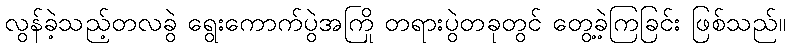
လွန်ခဲ့သည့်တလခွဲ ရွေးကောက်ပွဲအကြို တရားပွဲတခုတွင် တွေ့ခဲ့ကြခြင်း ဖြစ်သည်။